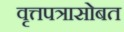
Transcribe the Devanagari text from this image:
वृत्तपत्रासोबत